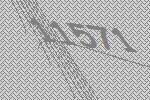
11571